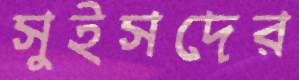
সুইসদের